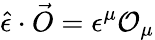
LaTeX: \hat{\epsilon}\cdot\vec{O}=\epsilon^{\mu}\mathcal{O}_{\mu}